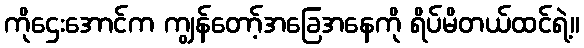
ကိုဌေးအောင်က ကျွန်တော့်အခြေအနေကို ရိပ်မိတယ်ထင်ရဲ့။